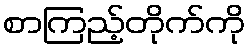
စာကြည့်တိုက်ကို